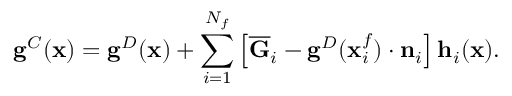
\mathbf { g } ^ { C } ( \mathbf { x } ) = \mathbf { g } ^ { D } ( \mathbf { x } ) + \sum _ { i = 1 } ^ { N _ { f } } \left[ \overline { { \mathbf { G } } } _ { i } - \mathbf { g } ^ { D } ( \mathbf { x } _ { i } ^ { f } ) \cdot \mathbf { n } _ { i } \right] \mathbf { h } _ { i } ( \mathbf { x } ) .